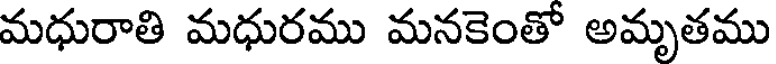
మధురాతి మధురము మనకెంతో అమృతము